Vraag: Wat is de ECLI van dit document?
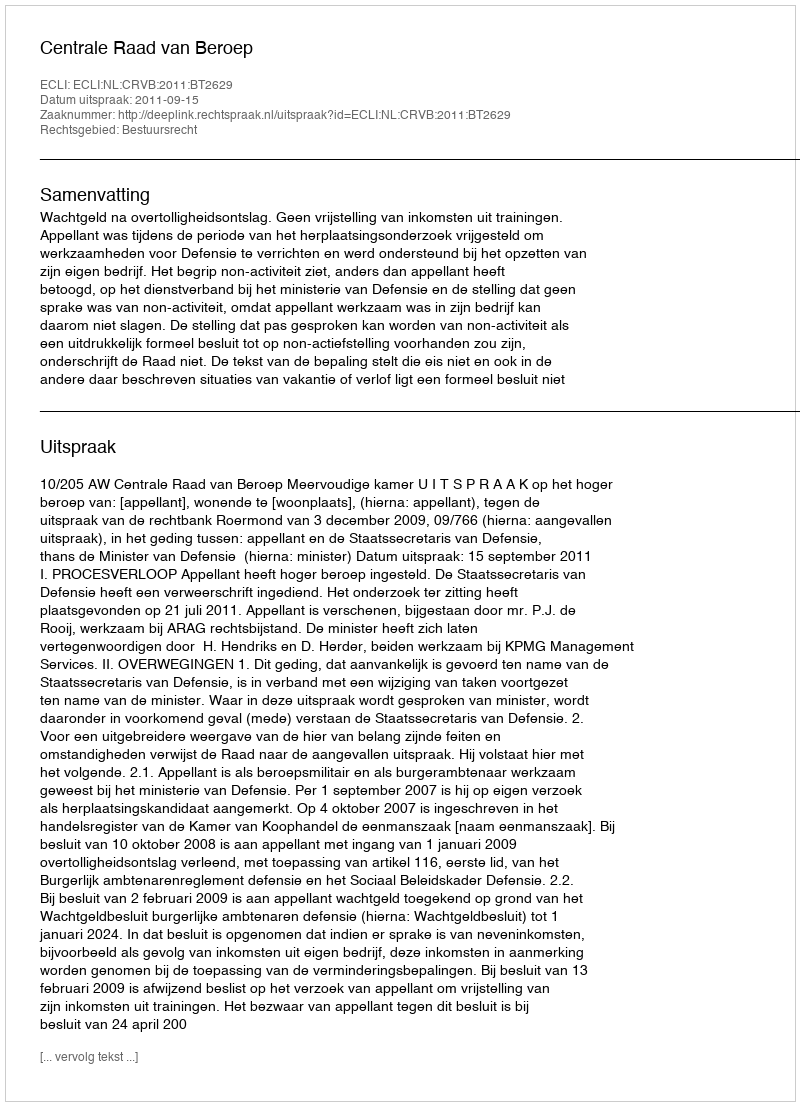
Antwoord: ECLI:NL:CRVB:2011:BT2629